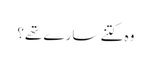
وہ کتنے سارے تھے؟